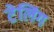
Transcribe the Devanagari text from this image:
टेलिंग